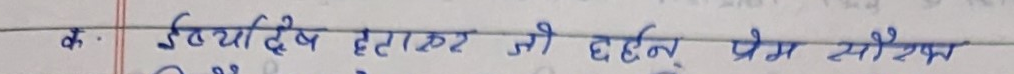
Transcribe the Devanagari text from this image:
क. ईर्ष्या द्वेष हटाकर जी गहनू प्रेम सौख्य